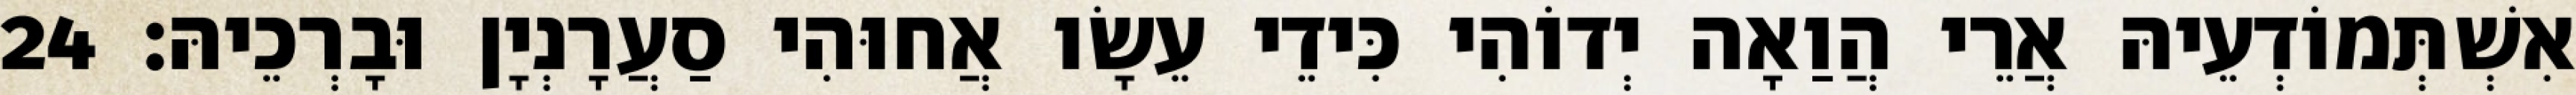
אִשְׁתְּמוֹדְעֵיהּ אֲרֵי הֲוַאָה יְדוֹהִי כִּידֵי עֵשָׂו אֲחוּהִי סַעֲרָנְיָן וּבָרְכֵיהּ׃ 24